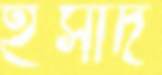
ইসাদ